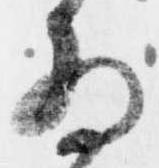
為